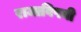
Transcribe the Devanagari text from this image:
राजाविषयी